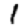
Digit: 1